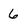
Character: 6